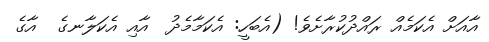
އާއަށް އެކަމެއް ރައްދުކުރާށެވެ! (އެބަހީ: އެކަމާމެދު  އާއި އެކަލާނގެ  އާގެ